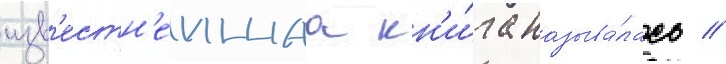
изв'естн'еишаа кн'и́га называ́лась //